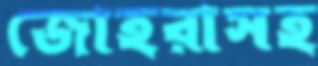
জোহরাসহ